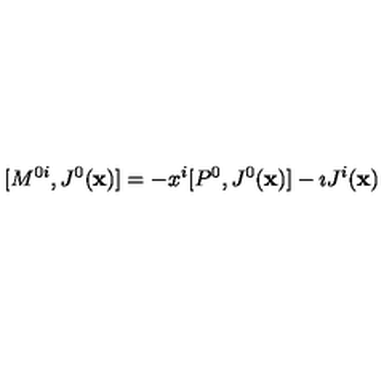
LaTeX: [ M ^ { 0 i } , J ^ { 0 } ( { \bf x } ) ] = - x ^ { i } [ P ^ { 0 } , J ^ { 0 } ( { \bf x } ) ] - \imath J ^ { i } ( { \bf x } )